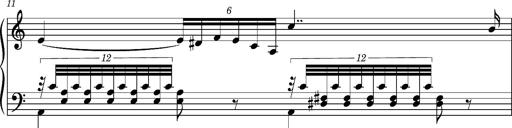
Title: Ungarischer Romanzero
Composer: Franz Liszt